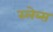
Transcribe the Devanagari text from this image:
स्लेब्स